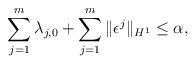
\begin{align*}\sum_{j=1}^{m}\lambda_{j,0}+\sum_{j=1}^{m}\|\epsilon^{j}\|_{H^{1}}\leq \alpha,\end{align*}